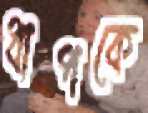
ধাপকে